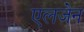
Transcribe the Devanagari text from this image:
एलजेन